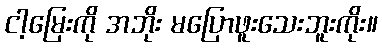
ငါ့မြေးကို အဘိုး မပြောဖူးသေးဘူးကိုး။